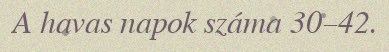
A havas napok száma 30–42.